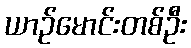
ယာဉ်မောင်းတစ်ဦး